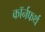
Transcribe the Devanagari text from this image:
कॉर्नफर्थ